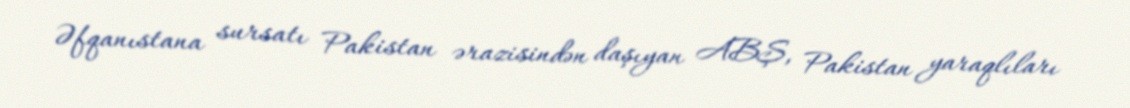
Əfqanıstana sursatı Pakistan ərazisindən daşıyan ABŞ, Pakistan yaraqlıları